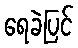
ရေခဲပြင်